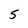
Character: 5